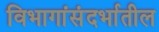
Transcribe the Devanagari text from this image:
विभागांसंदर्भातील